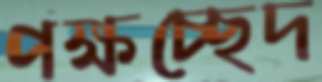
পক্ষচ্ছেদ